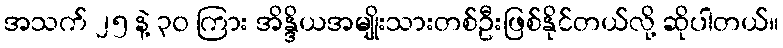
အသက် ၂၅ နဲ့ ၃၀ ကြား အိန္ဒိယအမျိုးသားတစ်ဦးဖြစ်နိုင်တယ်လို့ ဆိုပါတယ်။